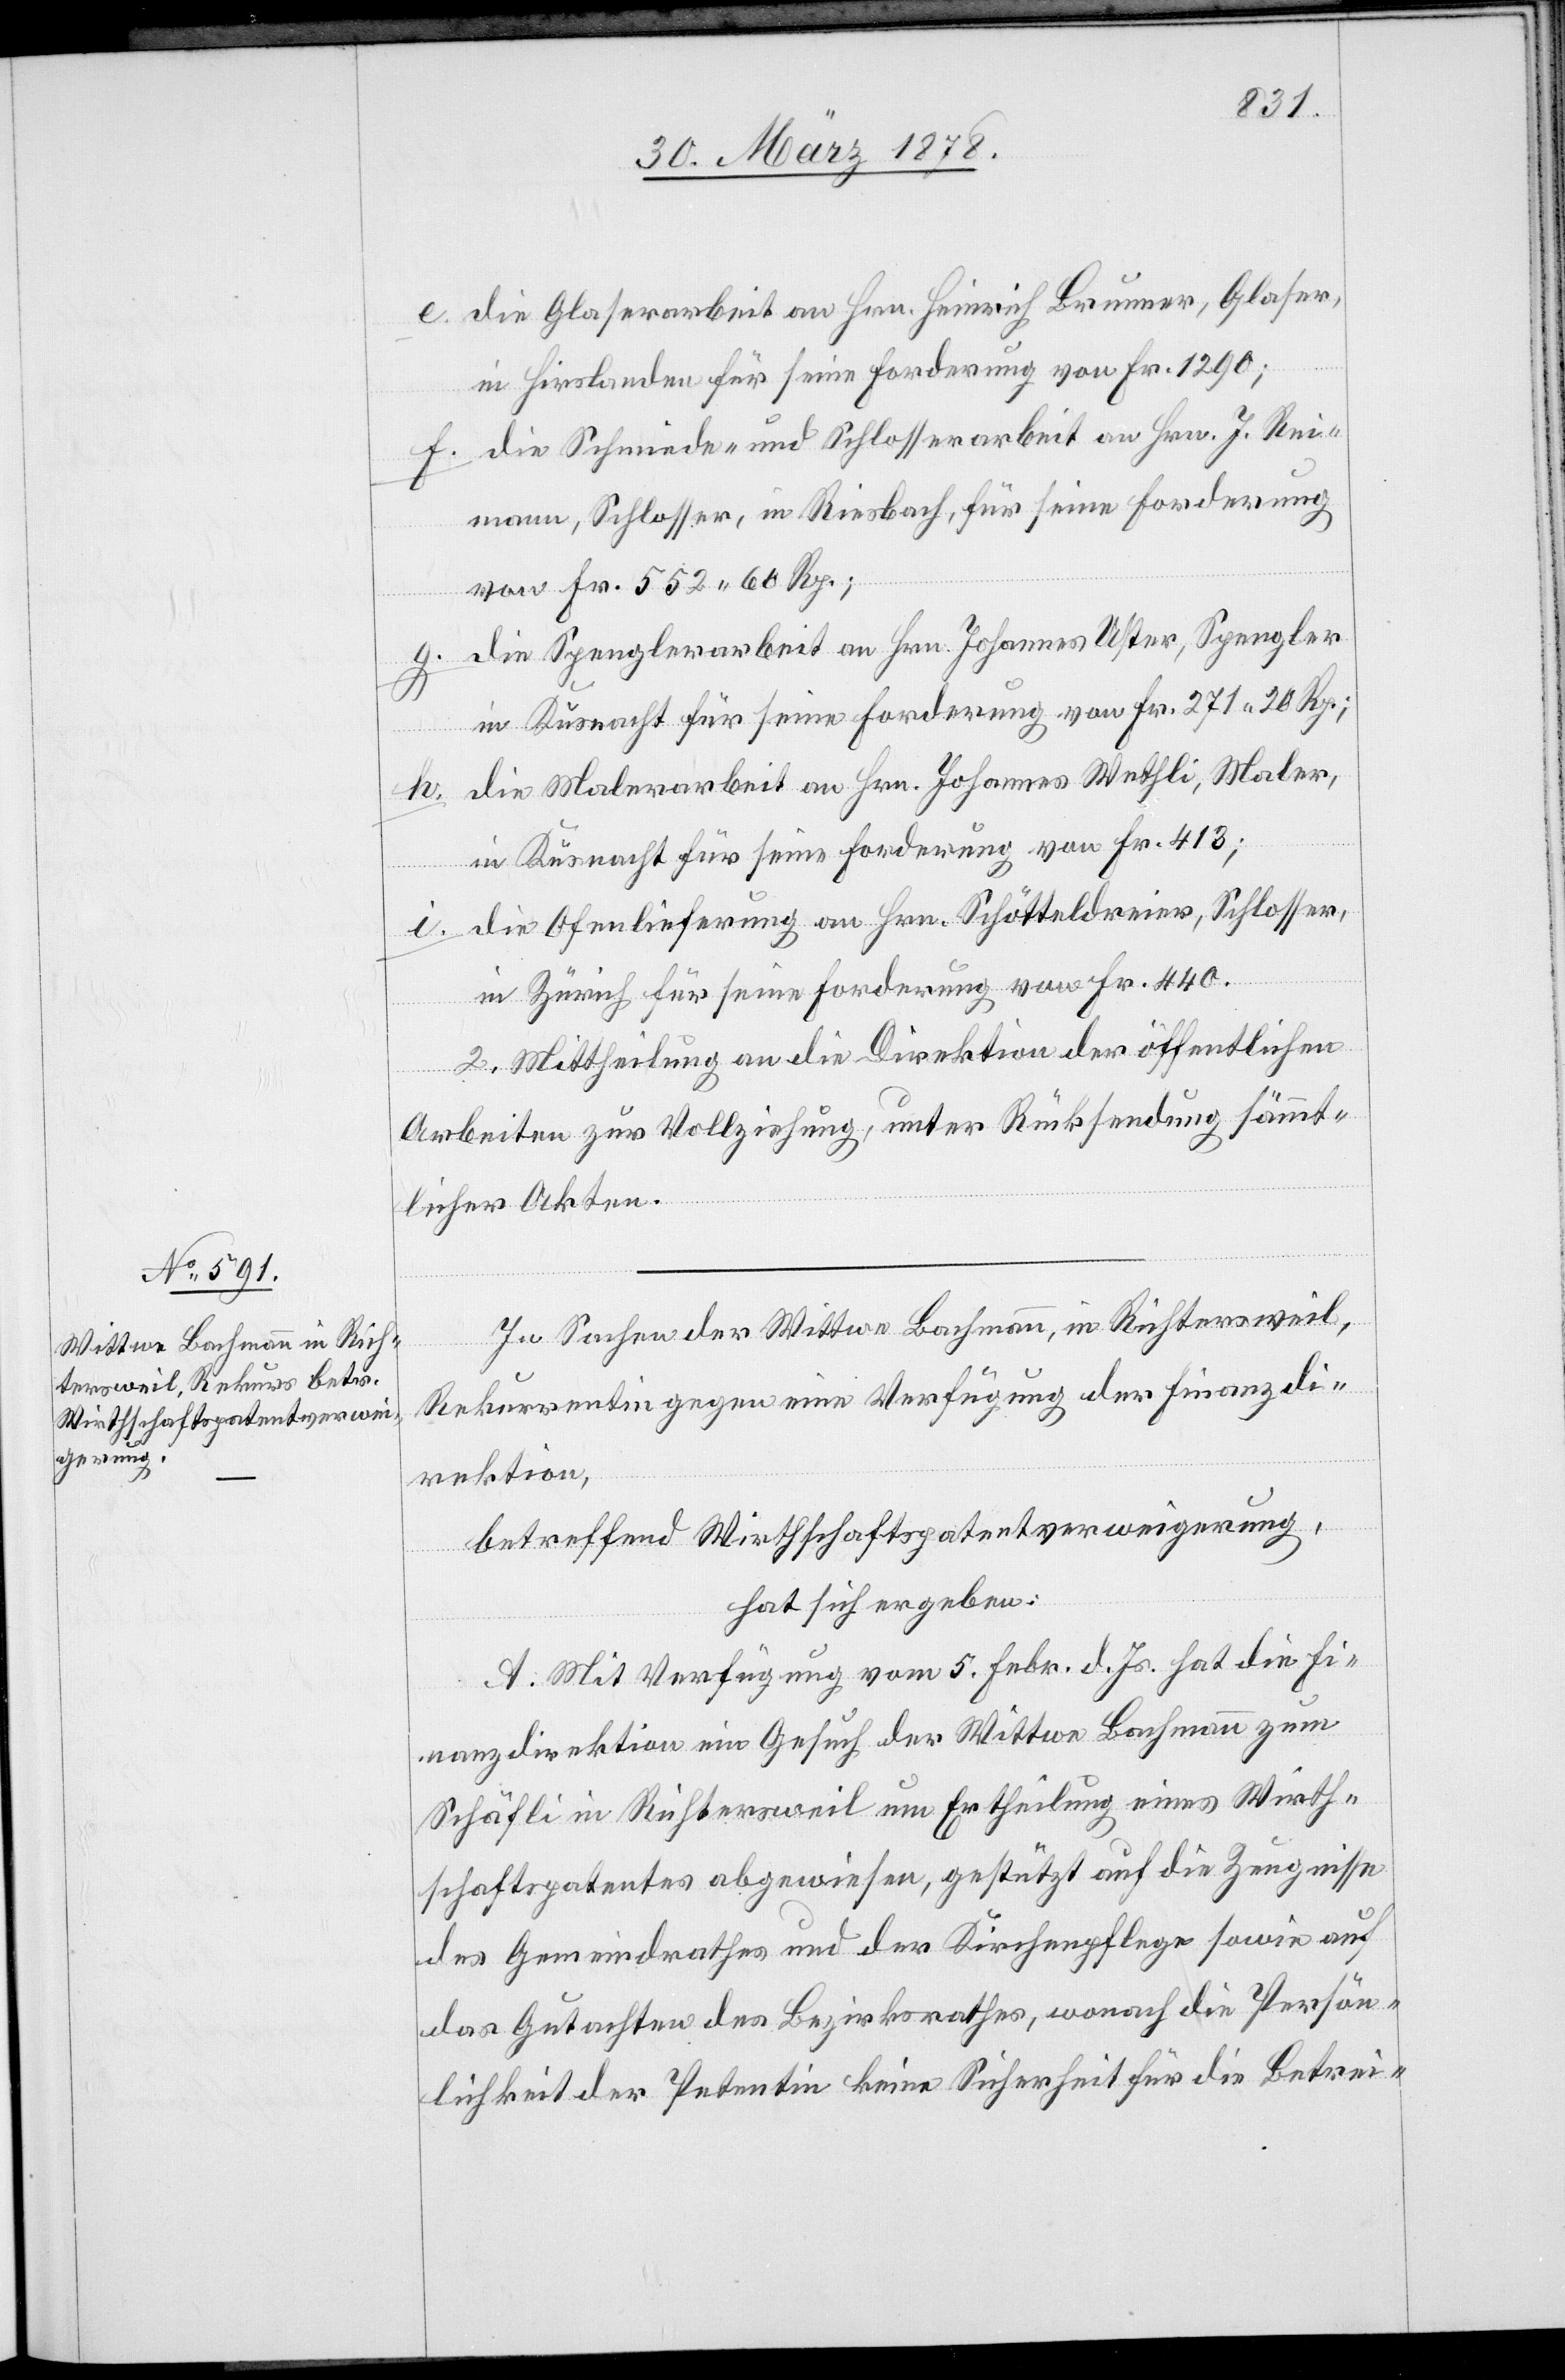
e. die Glaserarbeit an Hrn. Heinrich Brunner, Glaser
in Hirslanden für seine Forderung von Fr. 1290;
f. die Schmiede- und Schlosserarbeit an Hrn. J. Rei¬
mann, Schlosser, in Riesbach, für seine Forderung
von Fr. 552. 60 Rp.;
g. die Spenglerarbeit an Hrn. Johannes Uster, Spengler
in Küsnacht für seine Forderung von Fr. 271. 20 Rp.;
h. die Malerarbeit an Hrn. Johannes Wethli, Maler,
in Küsnacht für seine Forderung von Fr. 413;
i. die Ofenlieferung an Hrn. Schötteldreier, Schlosser,
in Zürich für seine Forderung von Fr. 440.
2. Mittheilung an die Direktion der öffentlichen
Arbeiten zur Vollziehung, unter Rücksendung sämmt¬
licher Akten.
In Sachen der Wittwe Bachmann, in Richtersweil,
Rekurrentin gegen eine Verfügung der Finanzdi¬
rektion,
betreffend Wirthschaftspatentverweigerung,
hat sich ergeben:
A. Mit Verfügung vom 5. Febr. d. Js. hat die Fi¬
nanzdirektion ein Gesuch der Wittwe Bachmann zum
Schäfli in Richtersweil um Ertheilung eines Wirth¬
schaftspatentes abgewiesen, gestützt auf die Zeugnisse
des Gemeindrathes und der Kirchenpflege sowie auf
das Gutachten des Bezirksrathes, wonach die Persön¬
lichkeit der Petentin keine Sicherheit für die Betrei-